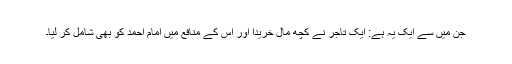
جن میں سے ایک یہ ہے: ایک تاجر نے کچھ مال خریدا اور اس کے منافع میں امام احمد کو بھی شامل کر لیا۔